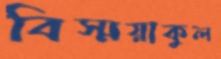
বিস্ময়াকুল